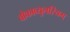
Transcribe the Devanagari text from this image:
वोकाब्युलरियम्